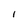
Character: l